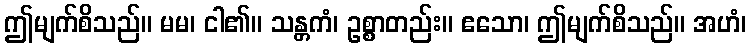
ဤမျက်စိသည်။ မမ၊ ငါ၏။ သန္တကံ၊ ဥစ္စာတည်း။ ဧသော၊ ဤမျက်စိသည်။ အဟံ၊